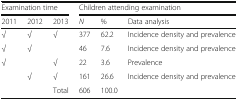
<table><thead><tr><td colspan="3"><b>Examination time</b></td><td colspan="3"><b>Children attending examination</b></td></tr><tr><td><b>2011</b></td><td><b>2012</b></td><td><b>2013</b></td><td><b><i>N</i></b></td><td><b>%</b></td><td><b>Data analysis</b></td></tr></thead><tbody><tr><td>√</td><td>√</td><td>√</td><td>377</td><td>62.2</td><td>Incidence density and prevalence</td></tr><tr><td>√</td><td>√</td><td>[EMPTY_CELL]</td><td>46</td><td>7.6</td><td>Incidence density and prevalence</td></tr><tr><td>√</td><td>[EMPTY_CELL]</td><td>√</td><td>22</td><td>3.6</td><td>Prevalence</td></tr><tr><td>[EMPTY_CELL]</td><td>√</td><td>√</td><td>161</td><td>26.6</td><td>Incidence density and prevalence</td></tr><tr><td>[EMPTY_CELL]</td><td>[EMPTY_CELL]</td><td>Total</td><td>606</td><td>100.0</td><td>[EMPTY_CELL]</td></tr></tbody></table>